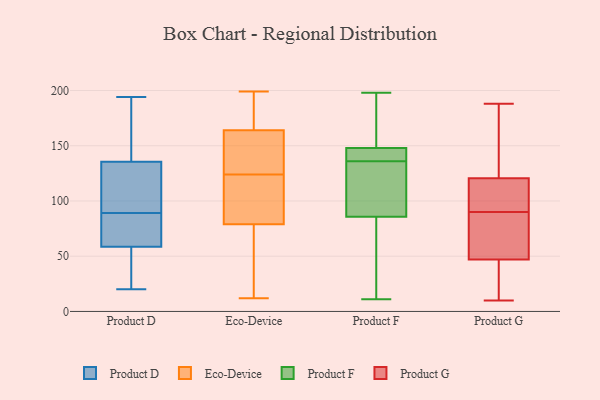
{"axis": {"x": "Waste Production (Tons)", "y": "Value"}, "legend": ["Eco-Device", "Product D", "Product F", "Product G"], "data": [{"x": "", "y": 138, "type": "Product D"}, {"x": "", "y": 20, "type": "Product D"}, {"x": "", "y": 102, "type": "Product D"}, {"x": "", "y": 75, "type": "Product D"}, {"x": "", "y": 93, "type": "Product D"}, {"x": "", "y": 194, "type": "Product D"}, {"x": "", "y": 133, "type": "Product D"}, {"x": "", "y": 85, "type": "Product D"}, {"x": "", "y": 45, "type": "Product D"}, {"x": "", "y": 72, "type": "Product D"}, {"x": "", "y": 27, "type": "Product D"}, {"x": "", "y": 139, "type": "Product D"}, {"x": "", "y": 122, "type": "Eco-Device"}, {"x": "", "y": 199, "type": "Eco-Device"}, {"x": "", "y": 172, "type": "Eco-Device"}, {"x": "", "y": 24, "type": "Eco-Device"}, {"x": "", "y": 104, "type": "Eco-Device"}, {"x": "", "y": 69, "type": "Eco-Device"}, {"x": "", "y": 158, "type": "Eco-Device"}, {"x": "", "y": 170, "type": "Eco-Device"}, {"x": "", "y": 164, "type": "Eco-Device"}, {"x": "", "y": 151, "type": "Eco-Device"}, {"x": "", "y": 113, "type": "Eco-Device"}, {"x": "", "y": 126, "type": "Eco-Device"}, {"x": "", "y": 12, "type": "Eco-Device"}, {"x": "", "y": 79, "type": "Eco-Device"}, {"x": "", "y": 142, "type": "Product F"}, {"x": "", "y": 191, "type": "Product F"}, {"x": "", "y": 136, "type": "Product F"}, {"x": "", "y": 149, "type": "Product F"}, {"x": "", "y": 198, "type": "Product F"}, {"x": "", "y": 140, "type": "Product F"}, {"x": "", "y": 30, "type": "Product F"}, {"x": "", "y": 13, "type": "Product F"}, {"x": "", "y": 91, "type": "Product F"}, {"x": "", "y": 11, "type": "Product F"}, {"x": "", "y": 145, "type": "Product F"}, {"x": "", "y": 84, "type": "Product F"}, {"x": "", "y": 142, "type": "Product F"}, {"x": "", "y": 172, "type": "Product F"}, {"x": "", "y": 149, "type": "Product F"}, {"x": "", "y": 117, "type": "Product F"}, {"x": "", "y": 114, "type": "Product F"}, {"x": "", "y": 119, "type": "Product F"}, {"x": "", "y": 57, "type": "Product F"}, {"x": "", "y": 92, "type": "Product G"}, {"x": "", "y": 41, "type": "Product G"}, {"x": "", "y": 61, "type": "Product G"}, {"x": "", "y": 116, "type": "Product G"}, {"x": "", "y": 10, "type": "Product G"}, {"x": "", "y": 188, "type": "Product G"}, {"x": "", "y": 49, "type": "Product G"}, {"x": "", "y": 185, "type": "Product G"}, {"x": "", "y": 53, "type": "Product G"}, {"x": "", "y": 90, "type": "Product G"}, {"x": "", "y": 122, "type": "Product G"}, {"x": "", "y": 17, "type": "Product G"}, {"x": "", "y": 68, "type": "Product G"}, {"x": "", "y": 96, "type": "Product G"}, {"x": "", "y": 120, "type": "Product G"}, {"x": "", "y": 150, "type": "Product G"}, {"x": "", "y": 16, "type": "Product G"}]}